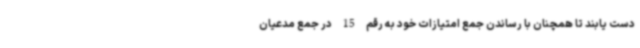
دست یابند تا همچنان با رساندن جمع امتیازات خود به رقم 15 در جمع مدعیان